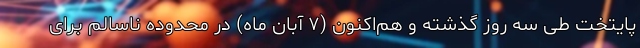
پایتخت طی سه روز گذشته و هم‌اکنون (۷ آبان ماه) در محدوده ناسالم برای